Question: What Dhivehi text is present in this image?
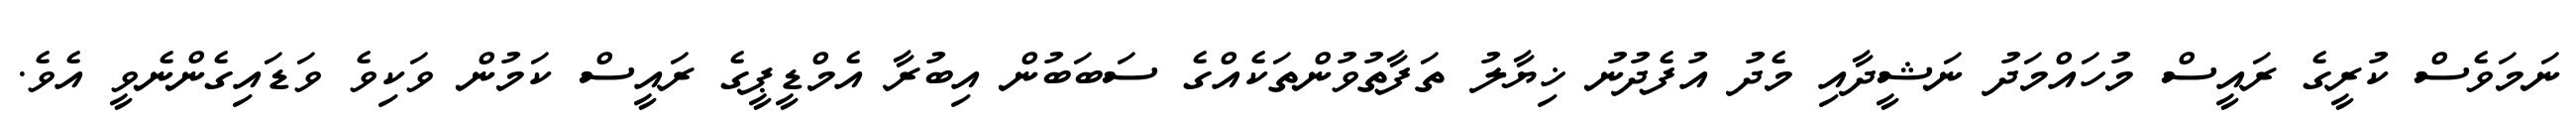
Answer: ނަމަވެސް ކުރީގެ ރައީސް މުހައްމަދު ނަޝީދާއި މެދު އުފެދުނު ޚިޔާލު ތަފާތުވުންތަކެއްގެ ސަބަބުން އިބުރާ އެމްޑީޕީގެ ރައީސް ކަމުން ވަކިވެ ވަޑައިގެންނެވީ އެވެ.